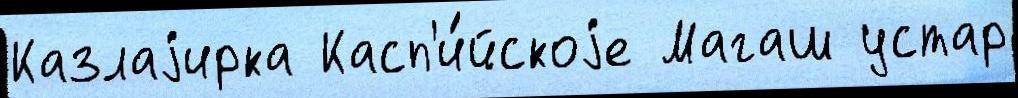
Казлаjирка Касп'и́йскоjе Магаш устар